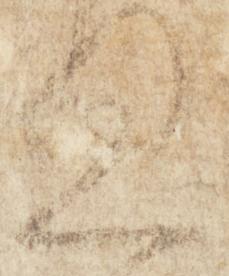
意